Indian journal of veterinary science and animal husbandry - Volume 10,
Year: 1940
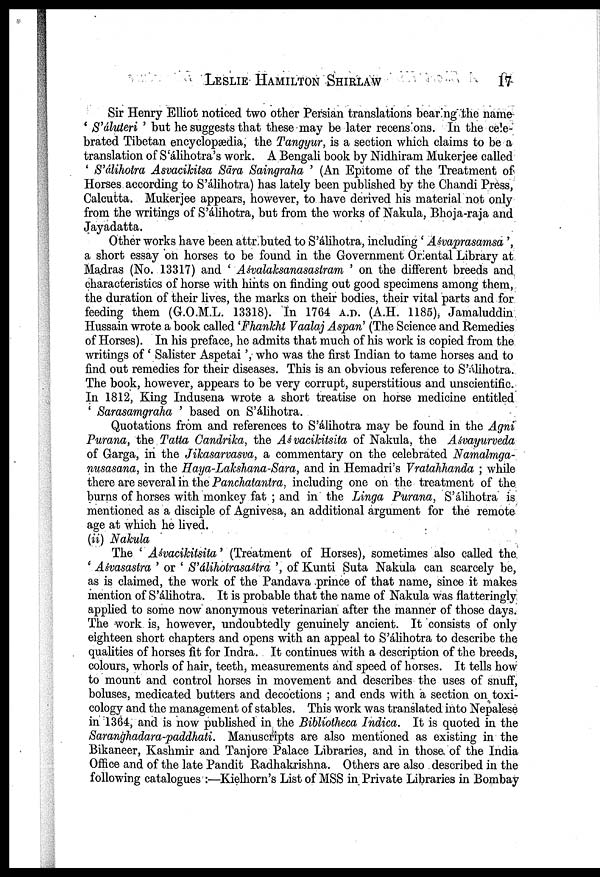
LESLIE HAMILTON SHIRLAW 17
Sir Henry Elliot noticed two other Persian translations bearing the name
' S'áluteri ' but he suggests that these may be later recensions. In the cele-
brated Tibetan encyclopædia, the Tangyur, is a section which claims to be a
translation of S'álihotra's work. A Bengali book by Nidhiram Mukerjee called
' S'álihotra Asvacikitsa Sāra Saingraha ' (An Epitome of the Treatment of
Horses according to S'álihotra) has lately been published by the Chandi Press,
Calcutta. Mukerjee appears, however, to have derived his material not only
from the writings of S'álihotra, but from the works of Nakula, Bhoja-raja and
Jayadatta.
Other works have been attributed to S'álihotra, including ' Aśvaprasamsa ',
a short essay on horses to be found in the Government Oriental Library at
Madras (No. 13317) and ' Aśvalaksanasastram ' on the different breeds and
characteristics of horse with hints on finding out good specimens among them,
the duration of their lives, the marks on their bodies, their vital parts and for
feeding them (G.O.M.L. 13318). In 1764 A.D. (A.H. 1185), Jamaluddin
Hussain wrote a book called 'Fhankht Vaalaj Aspan' (The Science and Remedies
of Horses). In his preface, he admits that much of his work is copied from the
writings of ' Salister Aspetai ', who was the first Indian to tame horses and to
find out remedies for their diseases. This is an obvious reference to S'álihotra.
The book, however, appears to be very corrupt, superstitious and unscientific.
In 1812, King Indusena wrote a short treatise on horse medicine entitled
' Sarasamgraha ' based on S'álihotra.
Quotations from and references to S'álihotra may be found in the Agni
Purana, the Tatta Candrika, the Aśvacikitsita of Nakula, the Aśvayurveda
of Garga, in the Jikasarvasva, a commentary on the celebrated Namalmga¬
nusasana, in the Haya-Lakshana-Sara, and in Hemadri's Vratahhanda ; while
there are several in the Panchatantra, including one on the treatment of the
burns of horses with monkey fat ; and in the Linga Purana, S'álihotra is
mentioned as a disciple of Agnivesa, an additional argument for the remote
age at which he lived.
(ii) Nakula
The ' Aśvacikitsita' (Treatment of Horses), sometimes also called the
' Aśvasastra ' or ' S'álihotrasaśtra ', of Kunti Suta Nakula can scarcely be,
as is claimed, the work of the Pandava prince of that name, since it makes
mention of S'álihotra. It is probable that the name of Nakula was flatteringly
applied to some now anonymous veterinarian after the manner of those days.
The work is, however, undoubtedly genuinely ancient. It consists of only
eighteen short chapters and opens with an appeal to S'álihotra to describe the
qualities of horses fit for Indra. It continues with a description of the breeds,
colours, whorls of hair, teeth, measurements and speed of horses. It tells how
to mount and control horses in movement and describes the uses of snuff,
boluses, medicated butters and decoctions ; and ends with a section on toxi
cology and the management of stables. This work was translated into Nepalese
in 1364, and is now published in the Bibliotheca Indica. It is quoted in the
Saranghadara-paddhati. Manuscripts are also mentioned as existing in the
Bikaneer, Kashmir and Tanjore Palace Libraries, and in those of the India
Office and of the late Pandit Radhakrishna. Others are also described in the
following catalogues :—Kielhorn's List of MSS in Private Libraries in Bombay